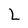
Character: L